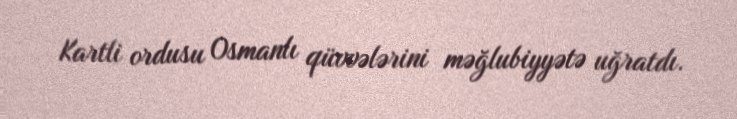
Kartli ordusu Osmanlı qüvvələrini məğlubiyyətə uğratdı.